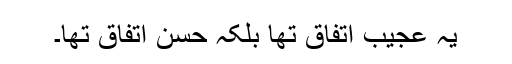
یہ عجیب اتفاق تھا بلکہ حسن اتفاق تھا۔